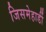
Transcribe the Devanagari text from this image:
जिसमेहार्डी